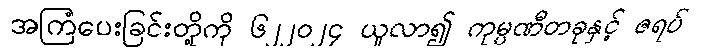
အကြံပေးခြင်းတို့ကို ၆၂၂၀၂၄ ယူလာ၍ ကုမ္ပဏီတခုနှင့် ဇရပ်